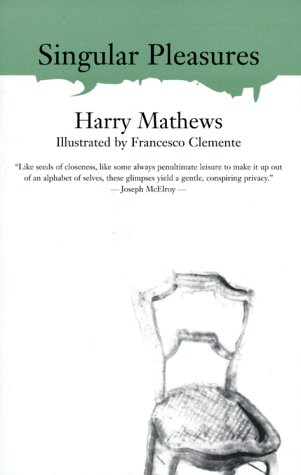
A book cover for Singular Pleasures (American Literature (Dalkey Archive)); Harry Mathews; Romance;